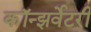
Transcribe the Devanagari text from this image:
कॉन्झर्वेटरी